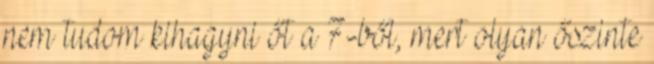
nem tudom kihagyni őt a 7-ből, mert olyan őszinte